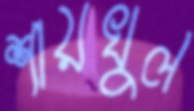
শায়খুল